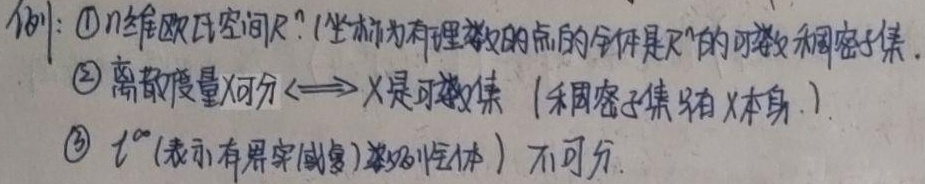
例：
\textcircled{1} \(n\)维欧氏空间\(\mathbb{R}^n\)：（坐标为有理数的点的全体是\(\mathbb{R}^n\)的可数稠密子集。）
\textcircled{2} 离散度量\(X\)可分\(\Longleftrightarrow\) \(X\)是可数集（稠密子集只有\(X\)本身。）
\textcircled{3} \(l^{\infty}\)（表示有界实(复)数列全体）不可分。